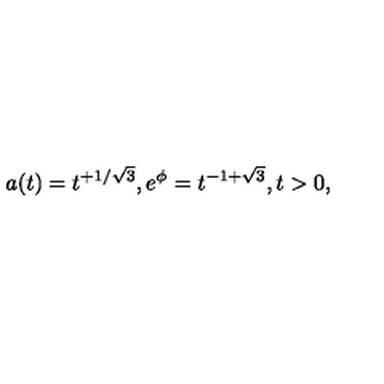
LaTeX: a ( t ) = t ^ { + 1 / \sqrt 3 } , e ^ { \phi } = t ^ { - 1 + \sqrt 3 } , t > 0 ,